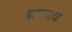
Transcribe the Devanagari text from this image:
हटण्याचा